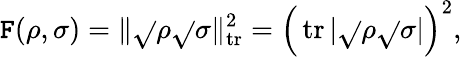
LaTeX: \mathtt{F}(\rho,\sigma)=\lVert{\sqrt{}{{\rho}}}{\sqrt{}{{\sigma}}}\rVert_{\operatorname{tr}}^{2}={\Big(}\operatorname{tr}|{\sqrt{}{{\rho}}}{\sqrt{}{{\sigma}}}|{\Big)}^{2},